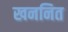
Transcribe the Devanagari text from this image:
खननित